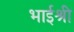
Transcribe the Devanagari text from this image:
भाईश्री